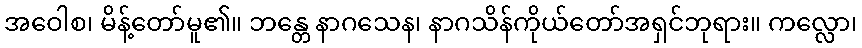
အဝေါစ၊ မိန့်တော်မူ၏။ ဘန္တေ နာဂသေန၊ နာဂသိန်ကိုယ်တော်အရှင်ဘုရား။ ကလ္လော၊